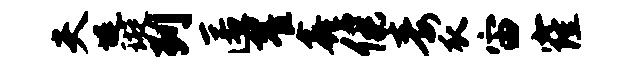
夫堤璇列匿翟鑫健毒瓜宙窿